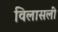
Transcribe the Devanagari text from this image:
विलासली